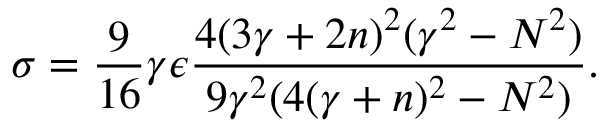
\sigma = \frac { 9 } { 1 6 } \gamma \epsilon \frac { 4 ( 3 \gamma + 2 n ) ^ { 2 } ( \gamma ^ { 2 } - N ^ { 2 } ) } { 9 \gamma ^ { 2 } ( 4 ( \gamma + n ) ^ { 2 } - N ^ { 2 } ) } .